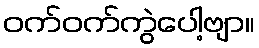
ဝက်ဝက်ကွဲပေါ့ဗျာ။